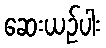
ဆေးယဉ်ပါး